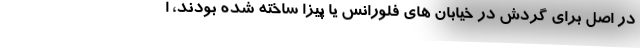
در اصل برای گردش در خیابان های فلورانس یا پیزا ساخته شده بودند، ا